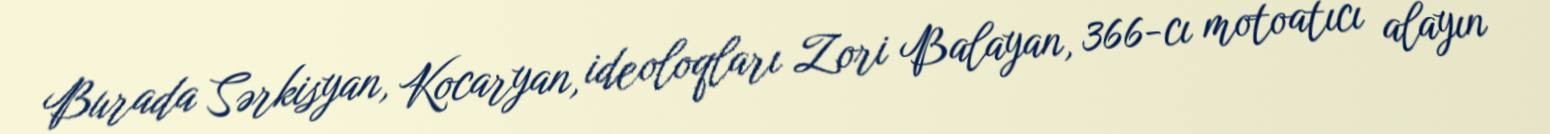
Burada Sərkisyan, Kocaryan, ideoloqları Zori Balayan, 366-cı motoatıcı alayın